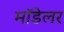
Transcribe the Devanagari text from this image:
मॉडेलर